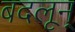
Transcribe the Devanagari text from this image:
बदलून्